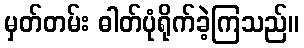
မှတ်တမ်း ဓါတ်ပုံရိုက်ခဲ့ကြသည်။